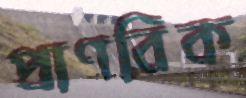
প্রাণবিক